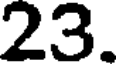
23.